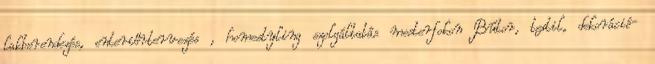
lakberendezés, enteriőrtervezés , homestyling szolgáltatás mesterfokon Bútor, textil, dekoráció-